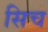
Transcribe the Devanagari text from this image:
सिच